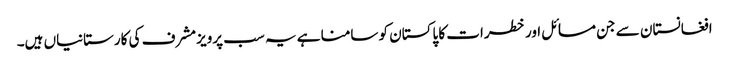
افغانستان سے جن مسائل اور خطرات کا پاکستان کو سامنا ہے یہ سب پرویزمشرف کی کارستانیاں ہیں۔